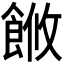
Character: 𬲓